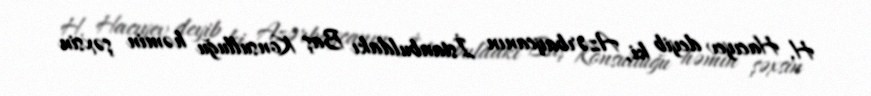
H. Hacıyev deyib ki, Azərbaycanın İstanbuldakı Baş Konsulluğu həmin şəxsin